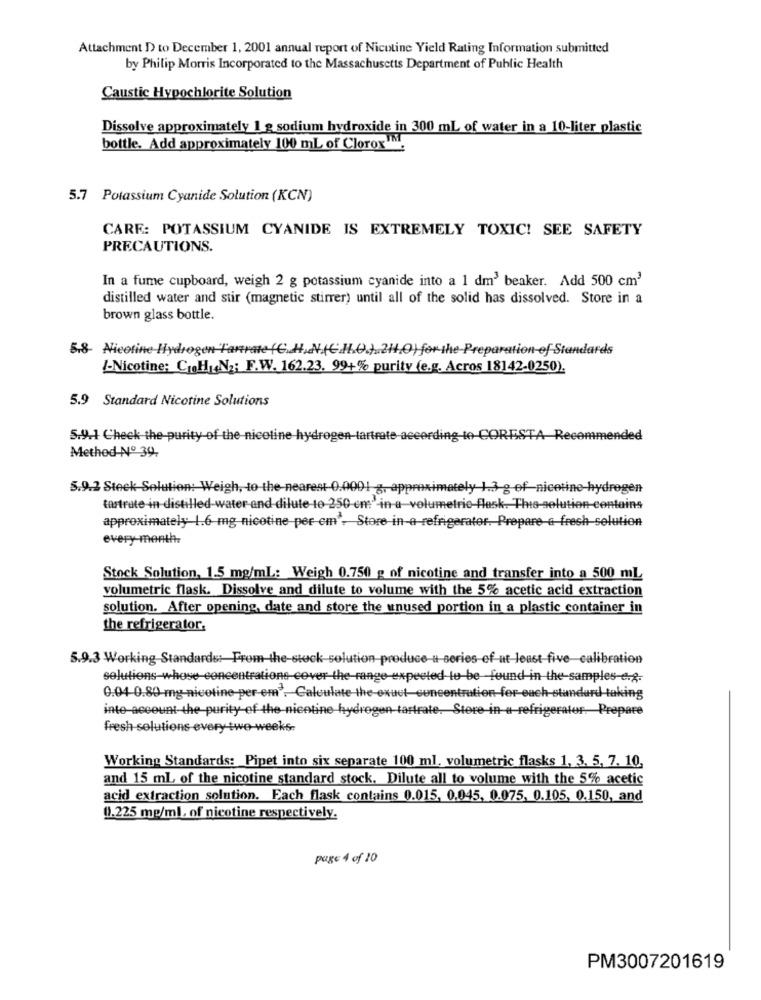
Attachment D to December 1, 2001 annual report of Nicotine Yield Rating Information submitted
by Philip Morris Incorporated to the Massachusetts Department of Public Health
Caustic Hypochlorite Solution
Dissolve approximately 1 g sodium hydroxide in 300 ml of water in a 10-liter plastic
bottle. Add approximately 100 mL of Clorox".
5.7 Potassium Cyanide Solution (KCN)
CARF: POTASSIUM CYANIDE IS EXTREMELY TOXIC! SEE SAFETY
PRECAUTIONS.
In a fume cupboard, weigh 2 g potassium cyanide into a 1 dm3 beaker. Add 500 cm3
distilled water and stir (magnetic stirrer) until all of the solid has dissolved. Store in a
brown glass bottle.
5.8- Nicoline Hydrogen Tanrate (C. H.N.(C.H.O.).244,0) for the-Preparation of Standards
!- Nicotine: CHIN2; F.W. 162.23. 99+% purity (e.g. Acros 18142-0250).
5.9 Standard Nicotine Solutions
5.9.1 Check the purity of the nicotine hydrogen-tartrate-according to-CO
led
Method Nº 39.
5.9.2 Steek Solution: Weigh, to the nearest-0.0001 g, approximately 1.3 g-of-nicotine-hydrogen
tartrate in distilled water and dilute to 250 ems'in a-volumetric Flask. This-solution contains
approximately 1.6 mg nicotine per em', Store-in-a-refrigerator. Prepare-a-fresh-solution
every month.
Stock Solution, 1.5 mg/ml: Weigh 0.750 g of nicotine and transfer into a 500 ml
volumetric flask. Dissolve and dilute to volume with the 5% acetic acid extraction
solution. After opening, date and store the unused portion in a plastic container in
the refrigerator,
5.9.3 Working Standards: From-the-stock-solution-produce-a series of at least five-calibration
solutions-whose concentrations eover-the-range-expected to be found in the samples-e.g.
0.04-0.80 mg-nicotine-per-em7. Calculate-the-exuet-concentration-for-each-standard-taking
inte account-the-purity of the-nicotine hydrogen tartrate. Store in a refrigerator. Prepare
fresh-solutions every two weeks-
Working Standards: Pipet into six separate 100 ml, volumetric flasks 1, 3, 5, 7. 10,
and 15 ml of the nicotine standard stock. Dilute all to volume with the 5% acetic
acid extraction solution. Each flask contains 0.015, 0.045, 0.075, 0.105, 0.150, and
0.225 mg/ml, of nicotine respectively.
page 4 of 10
PM3007201619